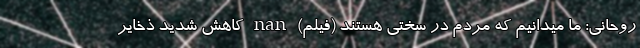
روحانی: ما میدانیم که مردم در سختی هستند (فیلم) nan کاهش شدید ذخایر